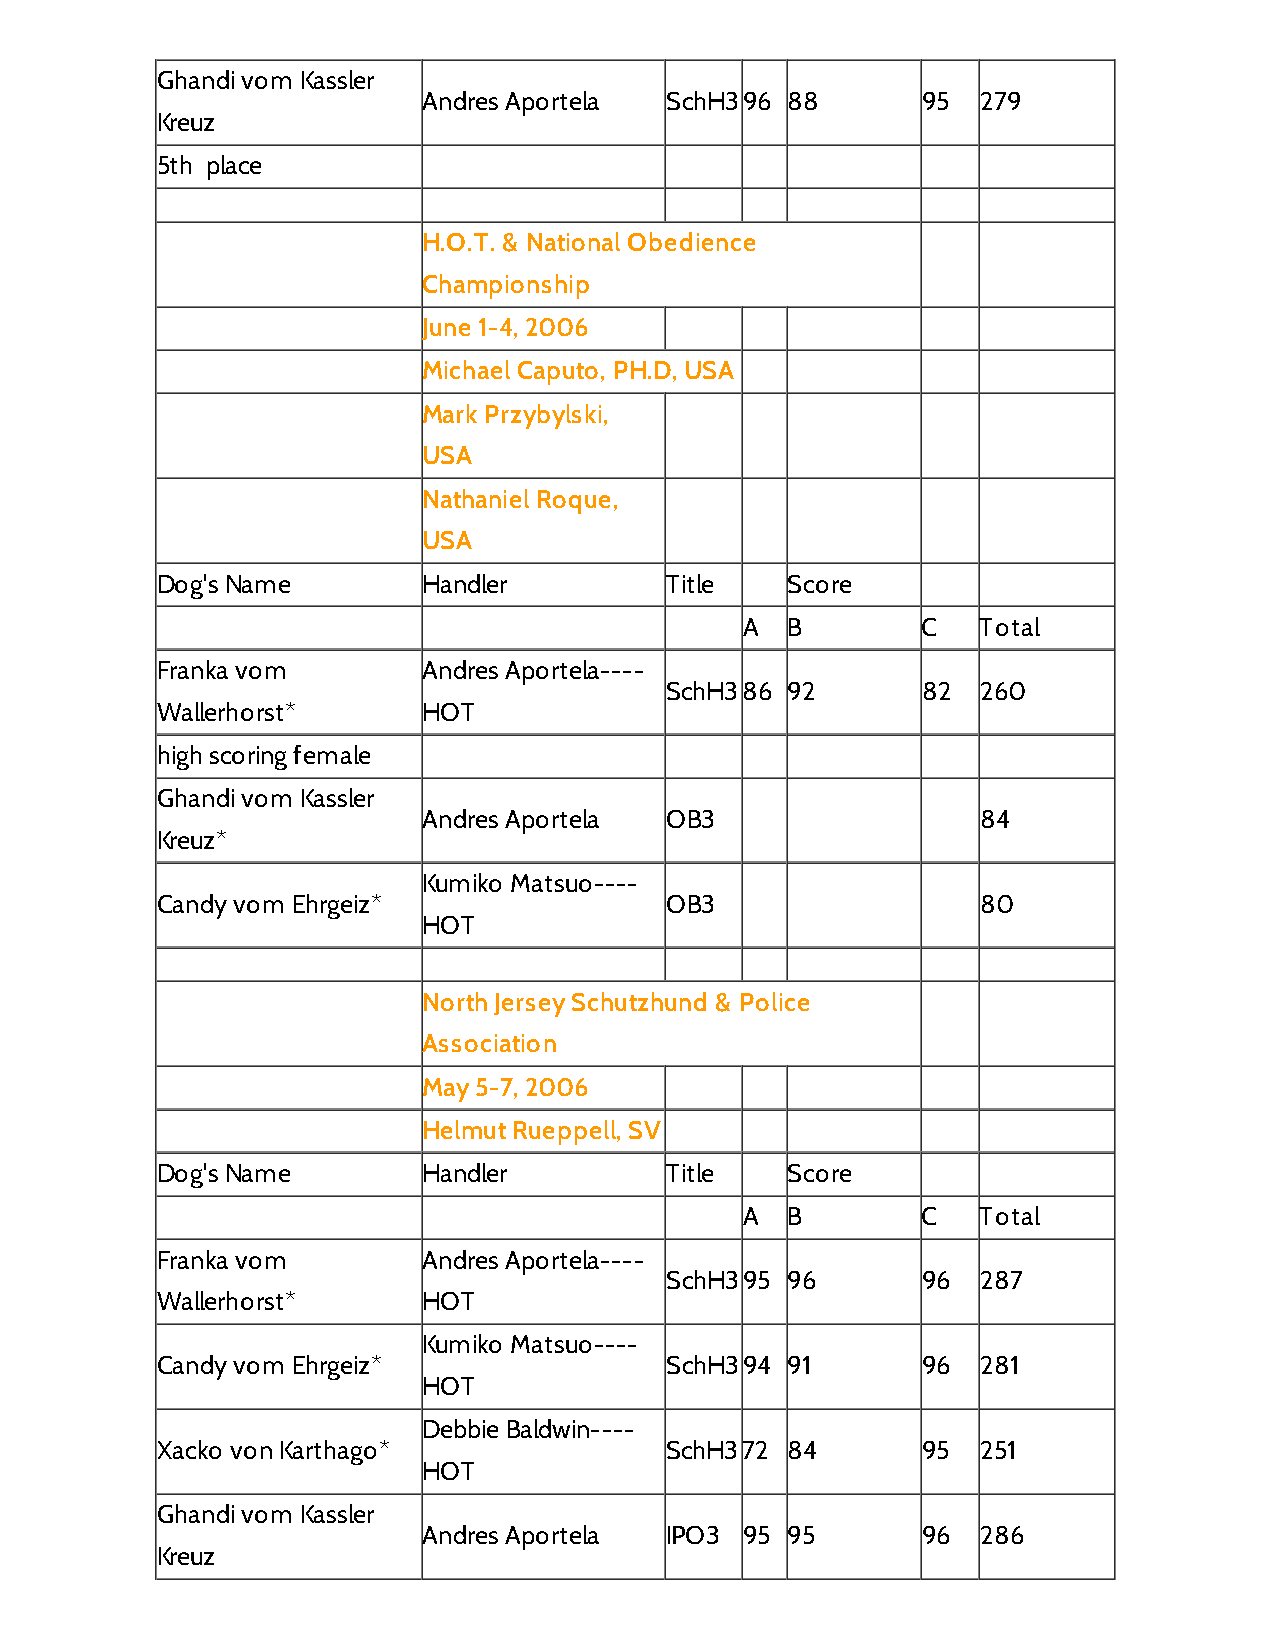
Ghandi vom Kassler
 Andres Aportela SchH396 88       95  279
 Kreuz
 5th place
 H.O.T. & National Obedience
 Championship
 June 1-4, 2006
 Michael Caputo, PH.D, USA
 Mark Przybylski,
 USA
 Nathaniel Roque,
 USA
 Dog's Name        Handler         Title   Score
 A  B        C   Total
 Franka vom        Andres Aportela----
 SchH386 92       82  260
 Wallerhorst*      HOT
 high scoring female
 Ghandi vom Kassler
 Andres Aportela OB3                  84
 Kreuz*
 Kumiko Matsuo----
 Candy vom Ehrgeiz*                OB3                  80
 HOT
 North Jersey Schutzhund & Police
 Association
 May 5-7, 2006
 Helmut Rueppell, SV
 Dog's Name        Handler         Title   Score
 A  B        C   Total
 Franka vom        Andres Aportela----
 SchH395 96       96  287
 Wallerhorst*      HOT
 Kumiko Matsuo----
 Candy vom Ehrgeiz*                SchH394 91       96  281
 HOT
 Debbie Baldwin----
 Xacko von Karthago*               SchH372 84       95  251
 HOT
 Ghandi vom Kassler
 Andres Aportela IPO3 95 95       96  286
 Kreuz